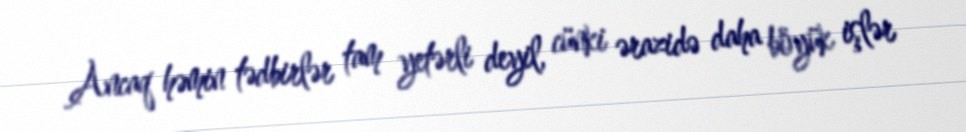
Ancaq həmin tədbirlər tam yetərli deyil, cünki ərazidə daha böyük işlər